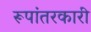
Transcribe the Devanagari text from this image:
रूपांतरकारी